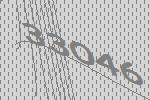
33046